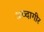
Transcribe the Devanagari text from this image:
अब्दागीर